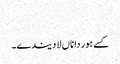
‏
کسے ہور دا ناں لا دیندے۔